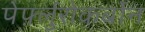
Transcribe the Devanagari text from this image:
पेर्फ़्लुरोकर्बोन